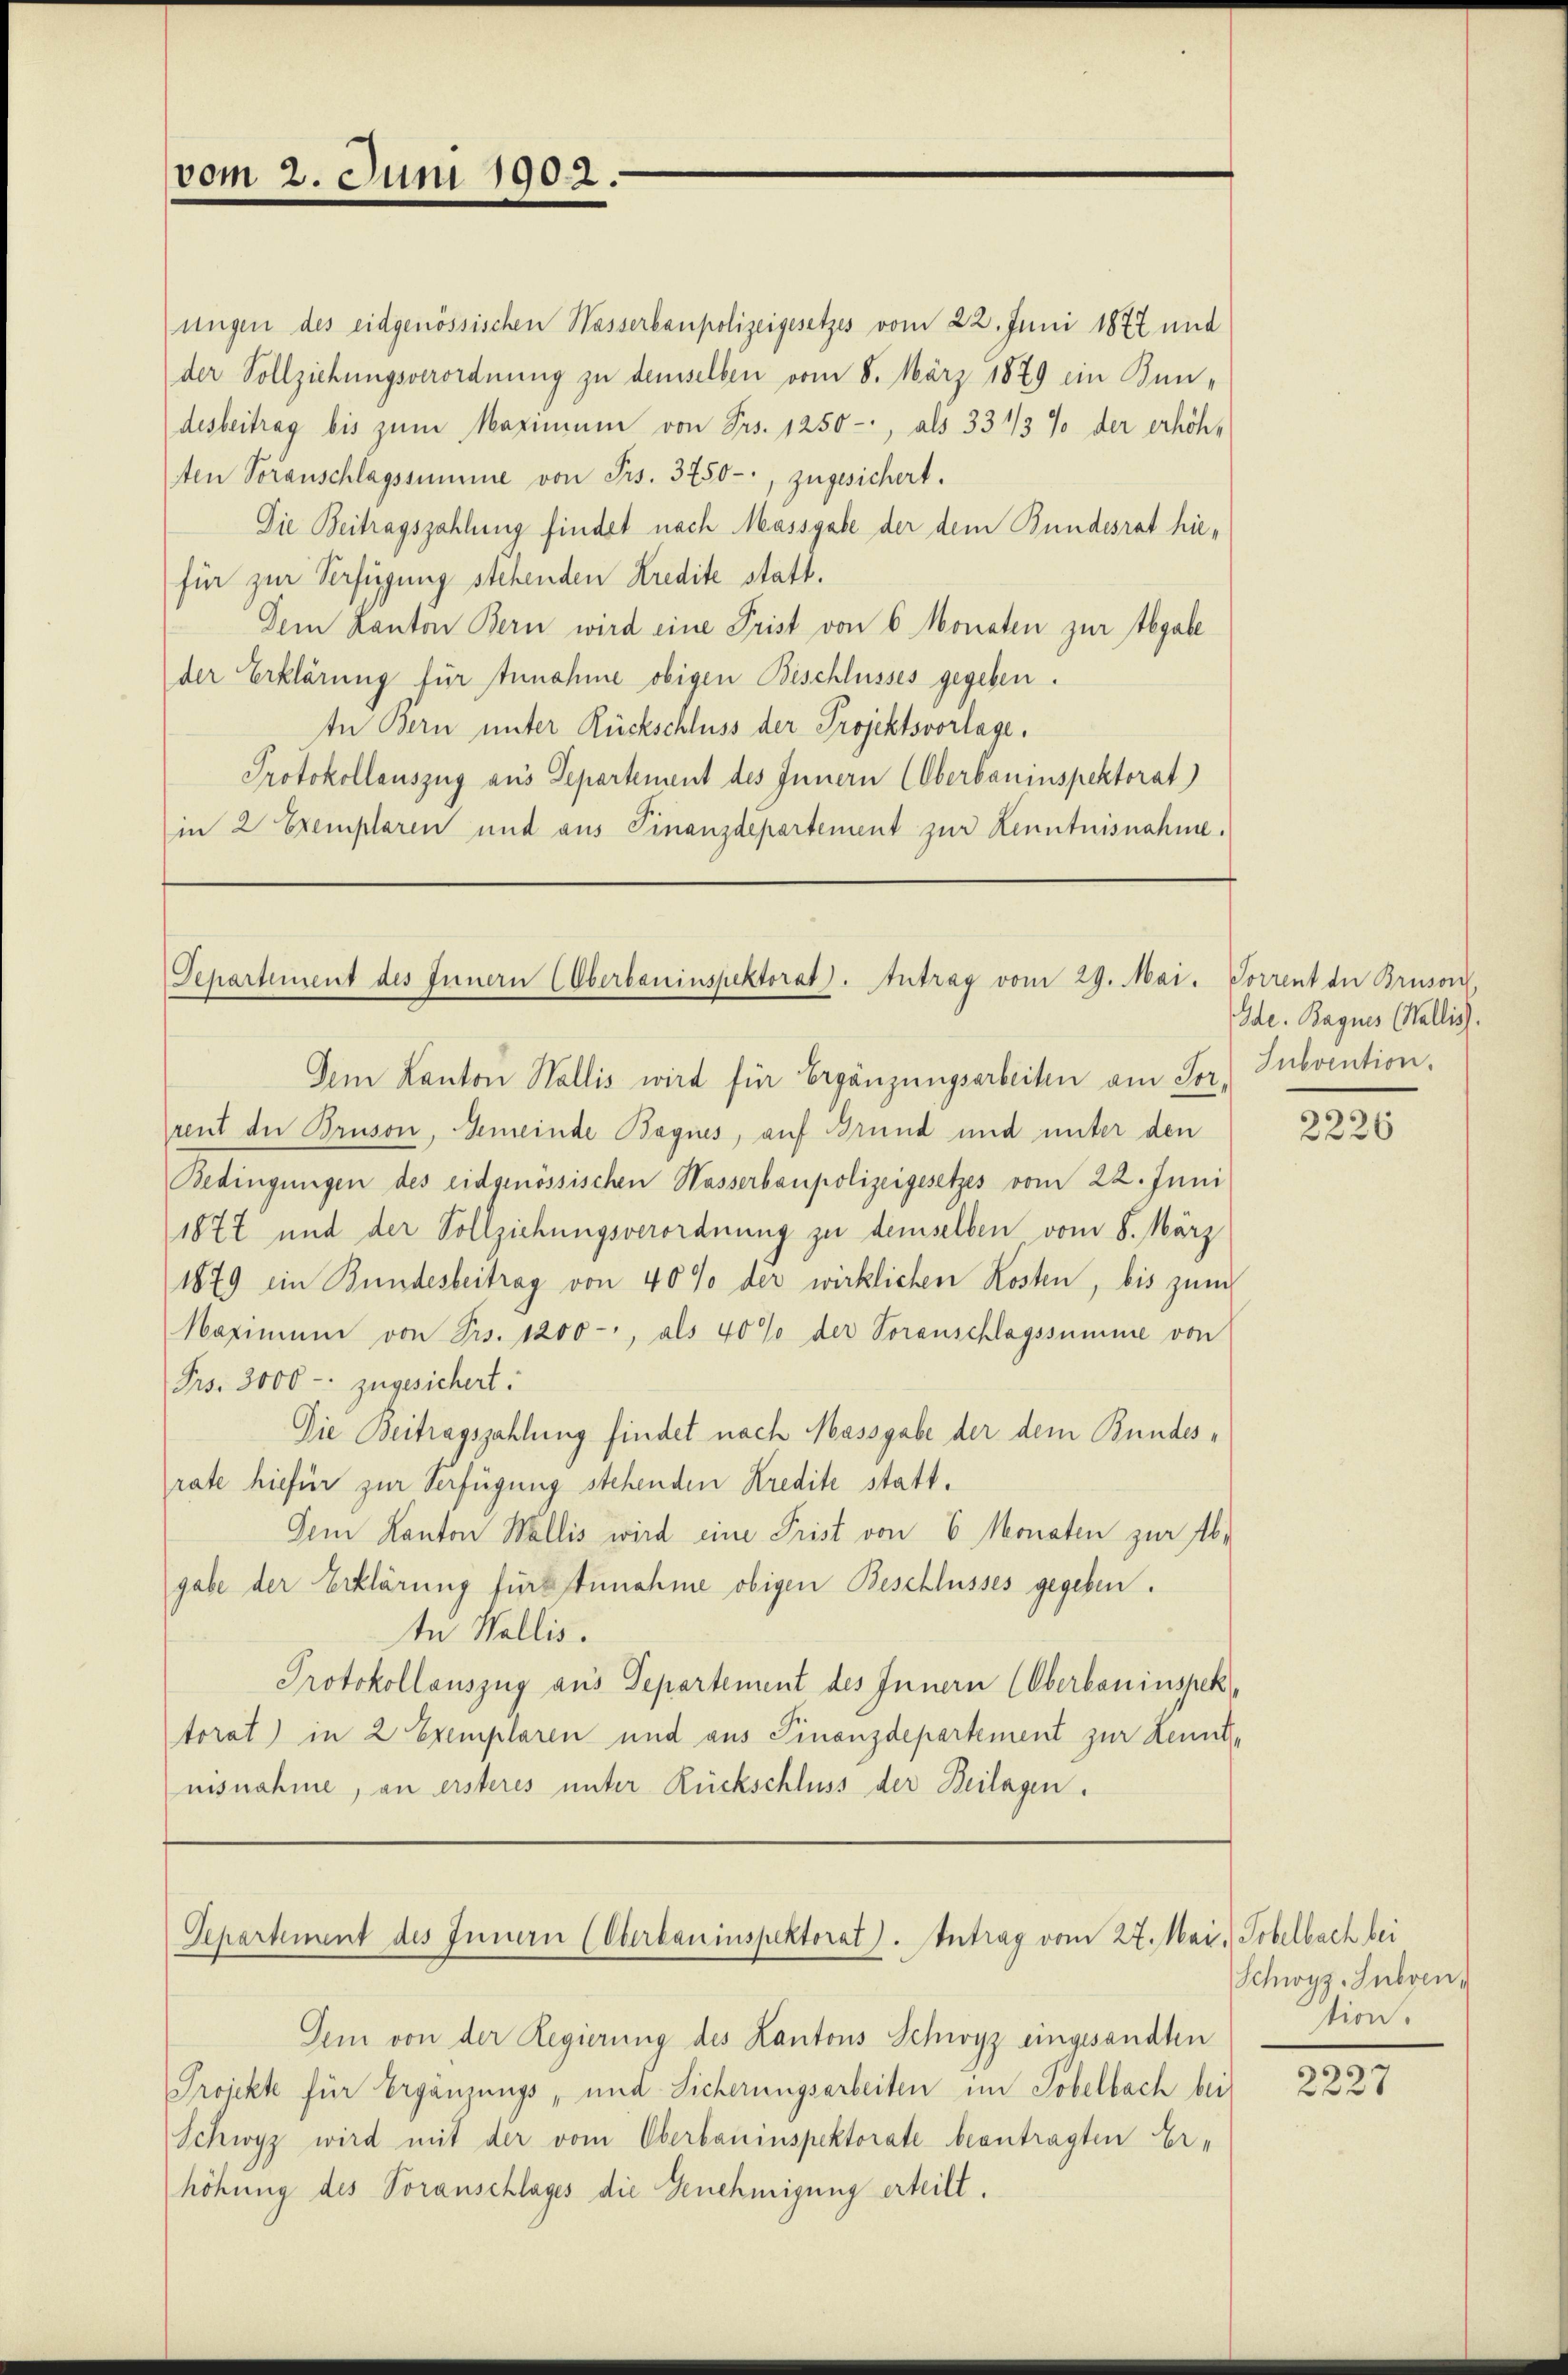
vom 2. Juni 1902.

ungen des eidgenössischen Wasserbaupolizeigesetzes vom 22. Juni 1877 und
der Vollziehungsverordnung zu demselben vom 8. März 1879 im Bundesbeitrag bis zum Maximum von Frs. 1250-, als 33 1/3 % der erhöh-
ten Voranschlagssumme von Frs. 3750-, zugesichert.
Die Beitragszahlung findet nach Massgabe der dem Bundesrat hiefür zur Verfügung stehenden Kredite statt.
Dem Kanton Bern wird eine Frist von 6 Monaten zur Abgabe
der Erklärung für Annahme obigen Beschlusses gegeben.
te Bern unter Rückschluss der Projektsvorlage.
Protokollauszug aus Departement des Innern (Oberbauinspektorat)
in 2 Exemplaren und aus Finanzdepartement zur Kenntnisnahme.

Departement des Innern (Oberbauinspektorat. Antrag vom 29. Mai. Torrent der Bruson,

Dem Kanton Wallis wird für Ergänzungsarbeiten am Sor. Subvention
rent der Bruson, Gemeinde Bagnes, auf Brund und unter den
Bedingungen des eidgenössischen Wasserbaupolizeigesetzes vom 22. Juni
1872 und der Vollziehungsverordnung zu demselben vom 8. März
1879 ein Bundesbeitrag von 40% der wirklichen Kosten, bis zum
Maximum von Frs. 1200, als 40% der Voranschlagssumme von
Frs. 3000 -: zugesichert.
Die Beitragszahlung findet nach Massgabe der dem Bundesrate hiefür zur Verfügung stehenden Kredite statt¬
Dem Kanton Wallis wird eine Frist von 6 Monaten zur Abgabe der Erklärung für Zunahme obigen Beschlusses gegeben.
te Wallis.
Protokollauszug aus Departement des Innern (Oberbauinspek
torat) in 2 Exemplaren und aus Finanzdepartement zur Kenntnisnahme, an ersteres unter Rückschluss der Beilagen.

Dem von der Regierung des Kantons Schwyz eingesandten
Projekte für Ergänzungs- und Sicherungsarbeiten im Tobelbach bei
Schwyz wird mit der vom Oberbauinspektorate beantragten Er-
höhung des Voranschlages die Genehmigung erteilt.

Separtement des Innern (Oberbauinspektorat). Antrag vom 27. Mai. Tobelbach bei

Ide. Bagues (Wallis).

2226

Schwyz-Jubven,
tion.

2227